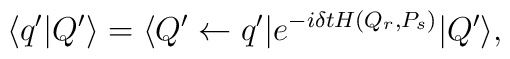
\langle q'|Q'\rangle = \langle Q' \leftarrow q'|e^{-i\delta t H(Q_r,P_s)}|Q'\rangle,